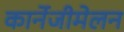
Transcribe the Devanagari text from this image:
कार्नेजीमेलन